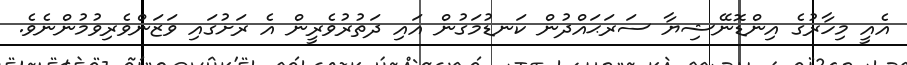
އެއީ މިހާރުގެ އިންޑޮނޭޝިޔާ ސަރަޙައްދުން ކަނޑުމަގުން އައި ދަތުރުވެރީން އެ ރަށުގައި ވަޒަންވެރިވުމުންނެވެ.